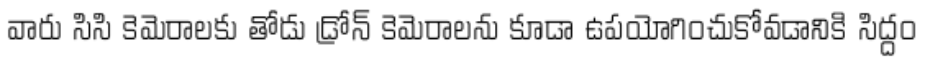
వారు సిసి కెమెరాలకు తోడు డ్రోన్ కెమెరాలను కూడా ఉపయోగించుకోవడానికి సిద్దం